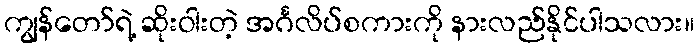
ကျွန်တော်ရဲ့ ဆိုးဝါးတဲ့ အင်္ဂလိပ်စကားကို နားလည်နိုင်ပါသလား။